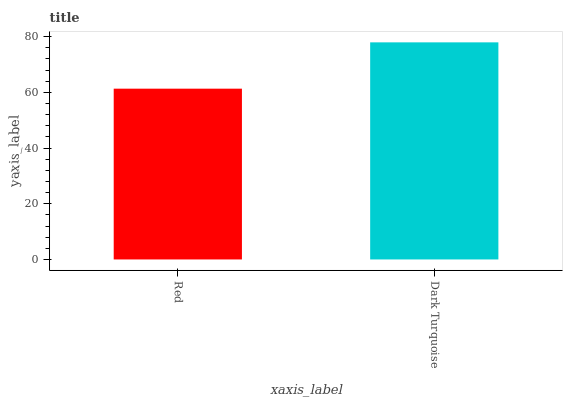
| xaxis_label | bars |
 | --- | --- |
 | Red | 61.3 |
 | Dark Turquoise | 78 |